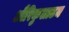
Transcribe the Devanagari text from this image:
औरिकुलाटम